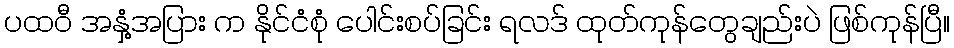
ပထဝီ အနှံ့အပြား က နိုင်ငံစုံ ပေါင်းစပ်ခြင်း ရလဒ် ထုတ်ကုန်တွေချည်းပဲ ဖြစ်ကုန်ပြီ။